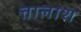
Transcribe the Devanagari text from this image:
त्तालाश